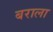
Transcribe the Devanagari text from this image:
बराला